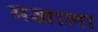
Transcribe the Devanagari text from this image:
मखाला